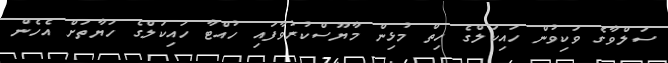
ސަލްވާގެ ވަކިވުން ހައިކަލްގެ ހިތް މުޅިން މާޔޫސްކުރުވާފައި ހުއްޓާ ހައިކަލްގެ ހަޔާތަށް އެހެން